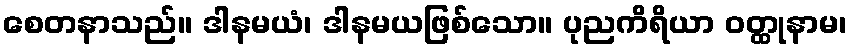
စေတနာသည်။ ဒါနမယံ၊ ဒါနမယဖြစ်သော။ ပုညကိရိယာ ဝတ္ထုနာမ၊